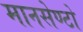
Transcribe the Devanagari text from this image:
मानसेण्टो